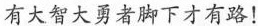
有大智大勇者脚下才有路！